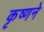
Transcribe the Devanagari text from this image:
कृष्‍णने